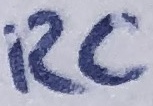
Text: RC